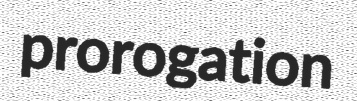
prorogation